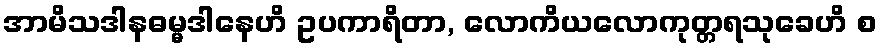
အာမိသဒါနဓမ္မဒါနေဟိ ဥပကာရိတာ, လောကိယလောကုတ္တရသုခေဟိ စ